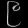
Digit: ၉